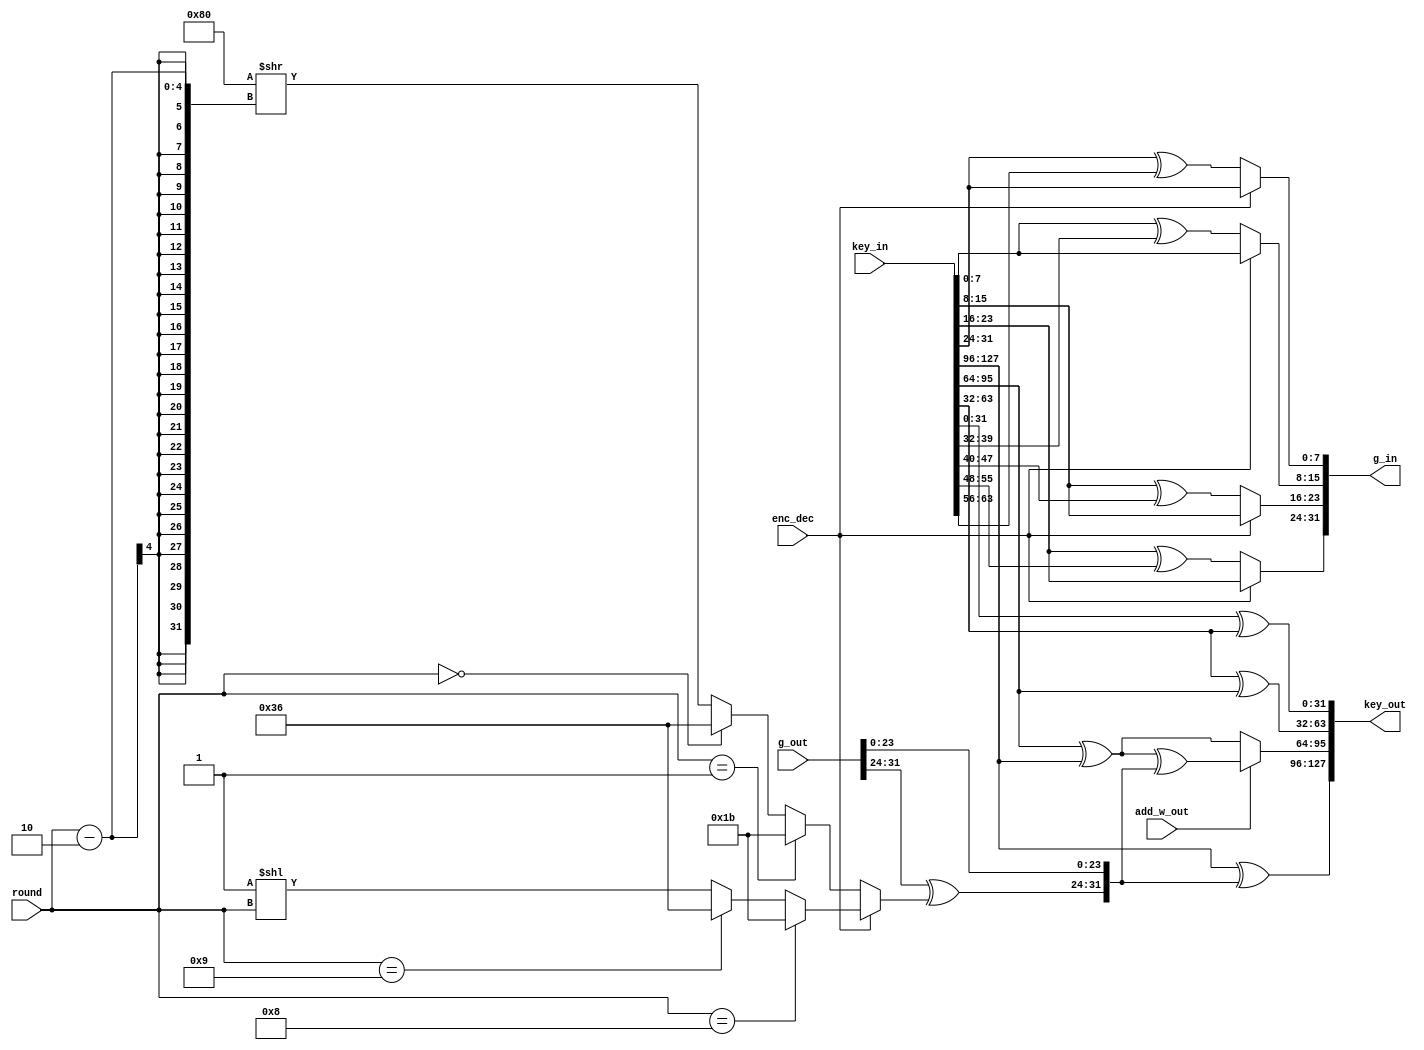
module key_expander
(
	output  [127:0] key_out,
	output  [ 31:0] g_in,
	input  [ 31:0] g_out,
	input  [127:0] key_in,
	input  [  3:0] round,
	input add_w_out,
	input enc_dec
);
localparam integer KEY_WIDTH = 32;
localparam integer KEY_NUM   = 4;
localparam integer WORD      = 8;
localparam integer ROUNDS    = 10;
wire  [KEY_WIDTH - 1 : 0] key   [0 : KEY_NUM - 1];
wire  [     WORD - 1 : 0] rot_in[0 : KEY_NUM - 1];
wire  [KEY_WIDTH - 1 : 0] g_func;
reg   [     WORD - 1 : 0] rc_dir, rc_inv;
wire  [     WORD - 1 : 0] rc;
generate
	genvar i;
	for(i = 0; i < KEY_NUM; i = i + 1)
	begin:KG
			assign key[KEY_NUM - 1 - i] = key_in[KEY_WIDTH*(i + 1) - 1 : KEY_WIDTH*i];
	end
endgenerate
generate
	genvar j;
	for(j = 0; j < KEY_NUM; j = j + 1)
	begin:KGO
			if(j == 0)
				assign key_out[KEY_WIDTH*(KEY_NUM - j) - 1 : KEY_WIDTH*(KEY_NUM - j - 1)] = key[j] ^ g_func;
			else
				if(j == 1)
					assign key_out[KEY_WIDTH*(KEY_NUM - j) - 1 : KEY_WIDTH*(KEY_NUM - j - 1)] = (add_w_out) ? key[j] ^ key[j - 1] ^ g_func : key[j] ^ key[j - 1];
				else
					assign key_out[KEY_WIDTH*(KEY_NUM - j) - 1 : KEY_WIDTH*(KEY_NUM - j - 1)] = key[j] ^ key[j - 1];
	end
endgenerate
generate
	genvar k;
	for(k = 0; k < KEY_NUM; k = k + 1)
	begin:GFIG
		assign rot_in[k] = (enc_dec) ? key[KEY_NUM - 1][WORD*(k + 1) - 1 : WORD*k] : key[KEY_NUM - 1][WORD*(k + 1) - 1 : WORD*k] ^ key[KEY_NUM - 2][WORD*(k + 1) - 1 : WORD*k];
	end
endgenerate
generate
	genvar l;
	for(l = 0; l < KEY_NUM; l = l + 1)
	begin:GFIG1
		assign g_in[WORD*(l + 1) - 1 : WORD*l] = rot_in[(KEY_NUM + l - 1)%KEY_NUM];
	end
endgenerate
assign g_func = {g_out[KEY_WIDTH - 1 : KEY_WIDTH - WORD] ^ rc, g_out[KEY_WIDTH - WORD - 1 : 0]};
assign rc = (enc_dec) ? rc_dir : rc_inv;
always @(*)
	begin: RC_DIR
		integer i;
		for(i = 0; i < ROUNDS; i = i + 1)
			if(round == 8)
				rc_dir = 8'h1b;
			else 
			if(round == 9)
				rc_dir = 8'h36;
			else
				rc_dir = 8'h01 << round;
	end
always @(*)
	begin: RC_INV
		integer i;
		for(i = 0; i < ROUNDS; i = i + 1)
			if(round == 1)
				rc_inv = 8'h1b;
			else 
			if(round == 0)
				rc_inv = 8'h36;
			else
				rc_inv = 8'h80 >> (round - 2);
	end
endmodule